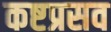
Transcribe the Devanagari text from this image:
कष्टप्रसव